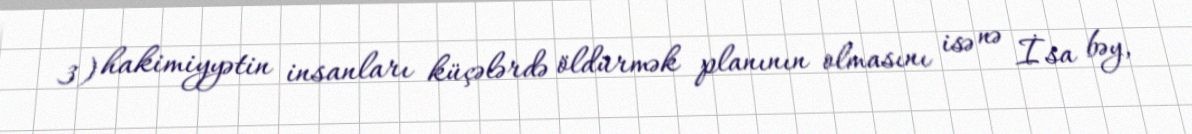
3) hakimiyyətin insanları küçələrdə öldürmək planının olmasını isə nə İsa bəy,